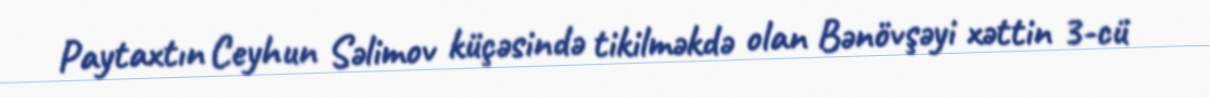
Paytaxtın Ceyhun Səlimov küçəsində tikilməkdə olan Bənövşəyi xəttin 3-cü